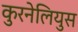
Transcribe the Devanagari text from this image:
कुरनेलियुस